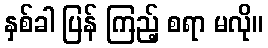
နှစ်ခါ ပြန် ကြည့် စရာ မလို။